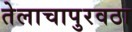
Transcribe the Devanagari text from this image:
तेलाचापुरवठा